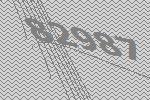
82987